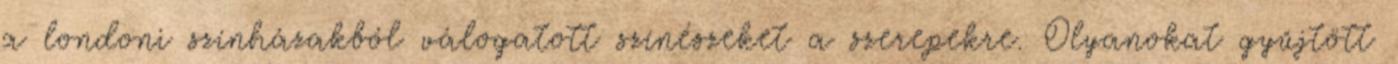
a londoni színházakból válogatott színészeket a szerepekre. Olyanokat gyűjtött